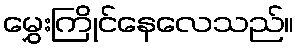
မွှေးကြိုင်နေလေသည်။